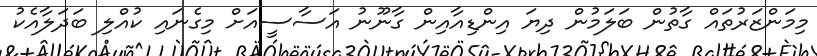
މިމަންޒަރުތައް ގާތުން ބަލަމުން ދިޔަ އިންޑިއާއިން ގާނޫނު އަސާސީއަށް މިގެނައި ކުއްލި ބަދަލާއެކު